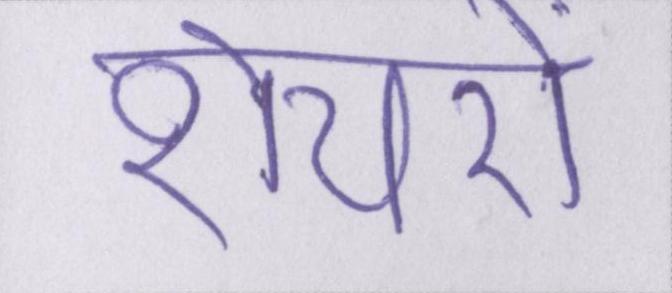
शेयरों